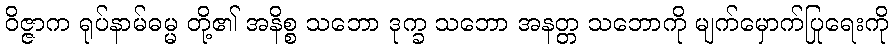
ဝိဇ္ဇာက ရုပ်နာမ်ဓမ္မ တို့၏ အနိစ္စ သဘော ဒုက္ခ သဘော အနတ္တ သဘောကို မျက်မှောက်ပြုရေးကို